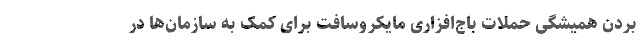
بردن همیشگی حملات باج‌افزاری مایکروسافت برای کمک به سازمان‌ها در